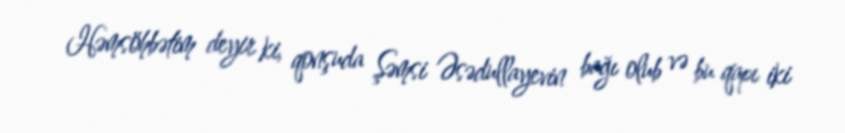
Həmsöhbətim deyir ki, qonşuda Şəmsi Əsədullayevin bağı olub və bu qapı iki